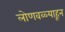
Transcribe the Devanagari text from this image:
लोणवळ्याहून